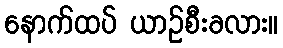
နောက်ထပ် ယာဉ်စီးခလား။